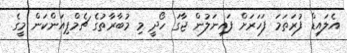
އެލައިޑް ފުރަތަމަ ފަހަރަށް ފައިނަލުން ޖާގަ ހޯދީ މި މުބާރާތުގެ ޗެމްޕިއަންކަން މީގެ